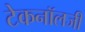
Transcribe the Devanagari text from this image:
टेकनॉलजी